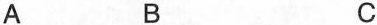
A B C